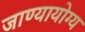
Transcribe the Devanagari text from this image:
जाण्यायोग्य